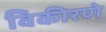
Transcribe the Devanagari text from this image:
विकीरणे